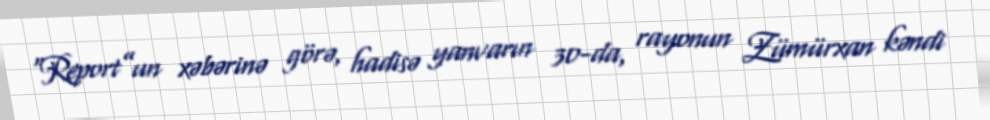
“Report”un xəbərinə görə, hadisə yanvarın 30-da, rayonun Zümürxan kəndi